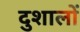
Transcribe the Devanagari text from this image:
दुशालों